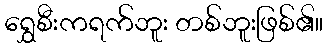
ရွှေစီးကရက်ဘူး တစ်ဘူးဖြစ်၏။